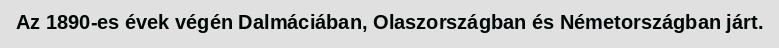
Az 1890-es évek végén Dalmáciában, Olaszországban és Németországban járt.